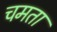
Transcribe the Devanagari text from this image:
चमता